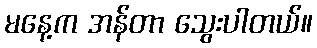
မနေ့က အန်တာ သွေးပါတယ်။